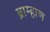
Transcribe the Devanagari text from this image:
ब्राम्हाण